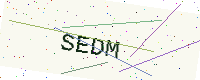
Text: SEDM